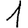
Digit: 1